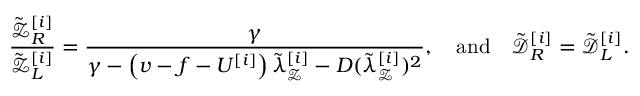
\frac { \tilde { \mathcal { Z } } _ { R } ^ { [ i ] } } { \tilde { \mathcal { Z } } _ { L } ^ { [ i ] } } = \frac { \gamma } { \gamma - \left( v - f - U ^ { [ i ] } \right) \tilde { \lambda } _ { \mathcal { Z } } ^ { [ i ] } - D ( \tilde { \lambda } _ { \mathcal { Z } } ^ { [ i ] } ) ^ { 2 } } , \quad \mathrm { a n d } \quad \tilde { \mathcal { D } } _ { R } ^ { [ i ] } = \tilde { \mathcal { D } } _ { L } ^ { [ i ] } .